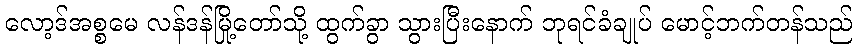
လော့ဒ်အစ္စမေ လန်ဒန်မြို့တော်သို့ ထွက်ခွာ သွားပြီးနောက် ဘုရင်ခံချုပ် မောင့်ဘက်တန်သည်